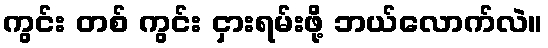
ကွင်း တစ် ကွင်း ငှားရမ်းဖို့ ဘယ်လောက်လဲ။